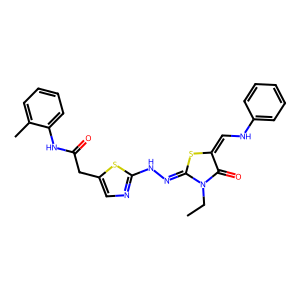
SMILES: CCN1C(=O)C(=CNc2ccccc2)SC1=NNc1ncc(CC(=O)Nc2ccccc2C)s1
Inhibits HIV replication: No